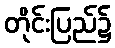
တိုင်းပြည်၌